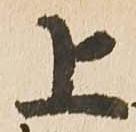
上